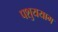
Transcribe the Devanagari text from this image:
पशुययाग